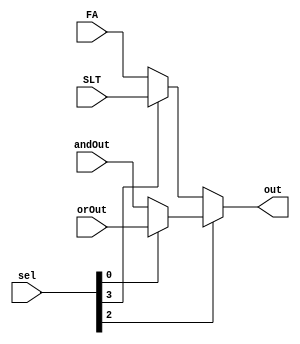
`timescale 1ns/1ns
module  MUX4to1(sel,andOut,orOut,FA,SLT,out);

//   Signal ( 6-bits)?
//   AND  : 36 100100
//   OR   : 37 100101
//   ADD  : 32 100000
//   SUB  : 34 100010
//   SLT  : 42 101010
input andOut,orOut,FA,SLT;
input [5:0] sel;
output out;
wire temp;
assign temp = (sel[2]) ? ((sel[0]) ? orOut:andOut) : ((sel[3]) ? SLT:FA);
assign out = temp;
endmodule